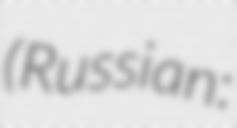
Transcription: (Russian: